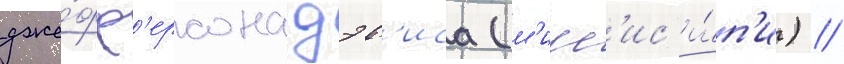
дже́фф'ерсона дэв'иса (м'исс'ис'и́п'и) //